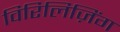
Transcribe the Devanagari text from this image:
विरिलिज़िंग